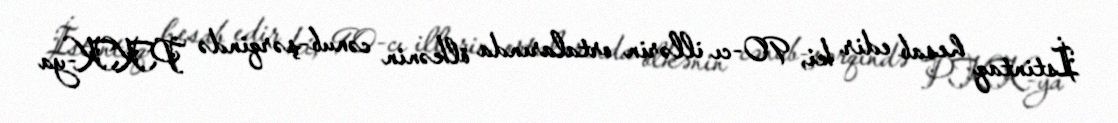
İstintaq hesab edir ki, 90-cı illərin ortalarında ölkənin cənub-şərqində PKK-ya